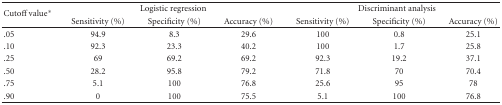
<table><thead><tr><td rowspan="2"><b>Cutoffvalue*</b></td><td colspan="3"><b>Logistic regression</b></td><td colspan="3"><b>Discriminant analysis</b></td></tr><tr><td><b>Sensitivity (%)</b></td><td><b>Specificity (%)</b></td><td><b>Accuracy (%)</b></td><td><b>Sensitivity (%)</b></td><td><b>Specificity (%)</b></td><td><b>Accuracy (%)</b></td></tr></thead><tbody><tr><td>.05</td><td>94.9</td><td>8.3</td><td>29.6</td><td>100</td><td>0.8</td><td>25.1</td></tr><tr><td>.10</td><td>92.3</td><td>23.3</td><td>40.2</td><td>100</td><td>1.7</td><td>25.8</td></tr><tr><td>.25</td><td>69</td><td>69.2</td><td>69.2</td><td>92.3</td><td>19.2</td><td>37.1</td></tr><tr><td>.50</td><td>28.2</td><td>95.8</td><td>79.2</td><td>71.8</td><td>70</td><td>70.4</td></tr><tr><td>.75</td><td>5.1</td><td>100</td><td>76.8</td><td>25.6</td><td>95</td><td>78</td></tr><tr><td>.90</td><td>0</td><td>100</td><td>75.5</td><td>5.1</td><td>100</td><td>76.8</td></tr></tbody></table>